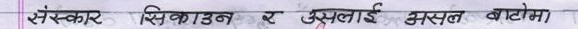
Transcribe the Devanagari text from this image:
संस्कार सिकाउन र उसलाई असल बाटोमा